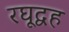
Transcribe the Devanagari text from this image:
रघूद्वह